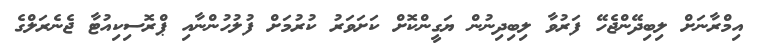
އިމްރާނަށް ލިބިދޭންޖެހޭ ފަރުވާ ލިބިދިނުން ޔަގީންކޮށް ކަށަވަރު ކުރުމަށް ފުލުހުންނާއި ޕްރޮސިކިއުޓާ ޖެނެރަލްގެ